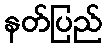
နတ်ပြည်